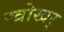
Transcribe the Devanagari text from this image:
खोखर्